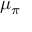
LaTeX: \mu _ { \pi } \,